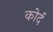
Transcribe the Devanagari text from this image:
कोर्द